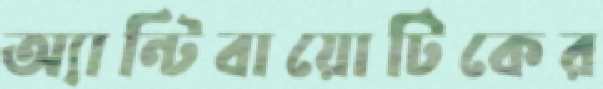
অ্যান্টিবায়োটিকের